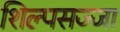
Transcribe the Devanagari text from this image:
शिल्पसज्जा